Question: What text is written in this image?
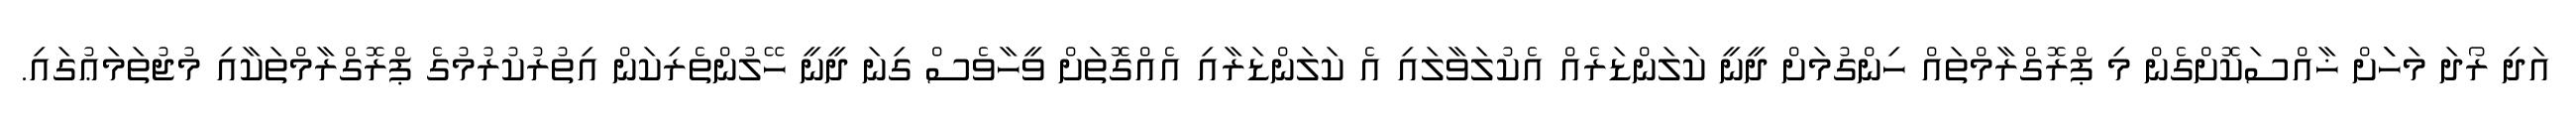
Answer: އަދި ރޯދަ މަހަަށް ޚާއްސަކޮށްގެން މި ޕްރޮގްރާމްތައް ހިންގުމަށް ދީނީ ކަލަންޑަރެއް އެކުލަވާލައި އެ ކަލަންޑަރާއި އެއްގޮތަށް ވީހާވެސް ގިނަ ދީނީ ހޭލުންތެރިކަން އިތުރުކުރުމުގެ ޕްރޮގްރާމްތަކާއި މުޖުތަމަޢުގައި.